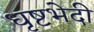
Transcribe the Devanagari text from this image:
धृष्टभेदी